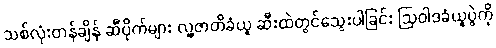
သစ်လုံးတန်ချိန် ဆီပိုက်များ လူ့ဇာတိခံယူ ဆီးထဲတွင်သွေးပါခြင်း ဩဝါဒခံယူပွဲကို